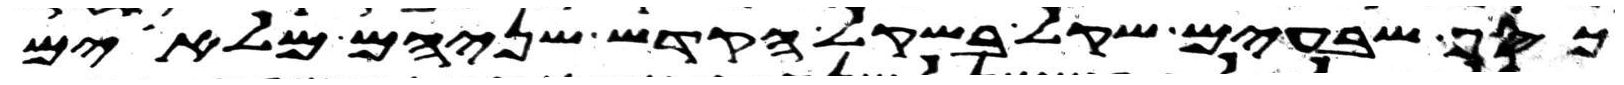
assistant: כסף שבעים שקל בשקל הקדש שניהם מלאים